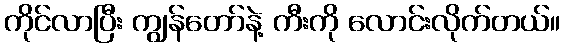
ကိုင်လာပြီး ကျွန်တော်နဲ့ ကီးကို လောင်းလိုက်တယ်။